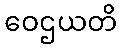
ဝေဌယတိ